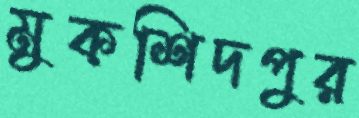
মুকশিদপুর